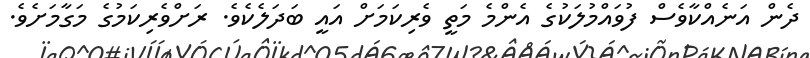
ދެން އަނެއްކާވެސް ފުވައްމުލަކުގެ އެންމެ މަތީ ވެރިކަމަށް އައީ ބަދަލެކެވެ. ރަށްވެރިކަމުގެ މަގާމަށެވެ.